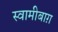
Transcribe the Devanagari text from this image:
स्वामीबाग़